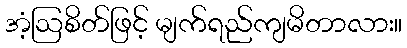
အံ့ဩစိတ်ဖြင့် မျက်ရည်ကျမိတာလား။